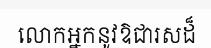
លោកអ្នកនូវឱជារសដ៏